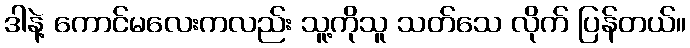
ဒါနဲ့ ကောင်မလေးကလည်း သူ့ကိုသူ သတ်သေ လိုက် ပြန်တယ်။